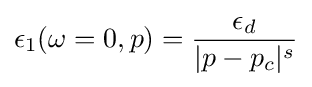
\epsilon _{1}(\omega =0,p)={\frac {\epsilon _{d}}{|p-p_{c}|^{s}}}